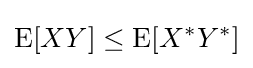
\operatorname {E} [XY]\leq \operatorname {E} [X^{*}Y^{*}]